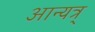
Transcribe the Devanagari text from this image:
आन्यत्र्